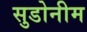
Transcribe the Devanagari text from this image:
सुडोनीम